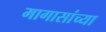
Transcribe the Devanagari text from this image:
मागासांच्या